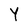
Character: Y